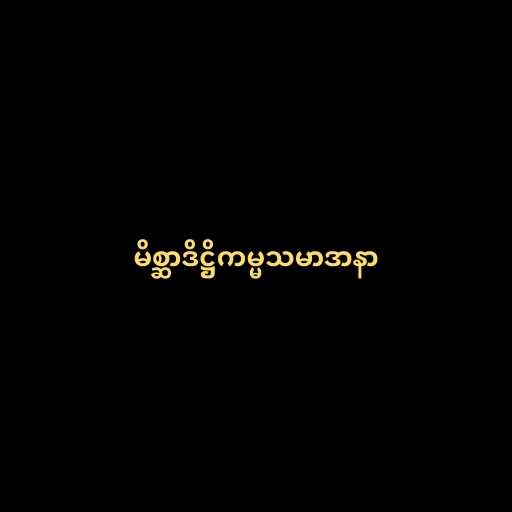
မိစ္ဆာဒိဋ္ဌိကမ္မသမာဒာနာ